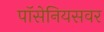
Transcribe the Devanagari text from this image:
पॉसेनियसवर